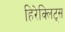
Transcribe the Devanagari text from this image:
हिरेक्लिट्स